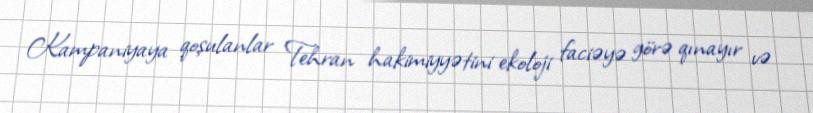
Kampaniyaya qoşulanlar Tehran hakimiyyətini ekoloji faciəyə görə qınayır və